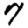
Digit: 7